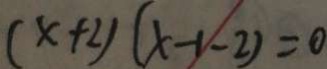
( x + 2 ) ( x - 1 - 2 ) = 0